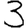
Digit: 3